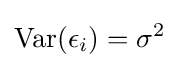
\operatorname {Var} (\epsilon _{i})=\sigma ^{2}